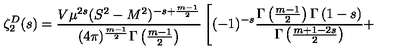
\zeta _ { 2 } ^ { D } ( s ) = \frac { V \mu ^ { 2 s } ( S ^ { 2 } - M ^ { 2 } ) ^ { - s + \frac { m - 1 } { 2 } } } { ( 4 \pi ) ^ { \frac { m - 1 } { 2 } } \Gamma \left( \frac { m - 1 } { 2 } \right) } \left[ ( - 1 ) ^ { - s } \frac { \Gamma \left( \frac { m - 1 } { 2 } \right) \Gamma \left( 1 - s \right) } { \Gamma \left( \frac { m + 1 - 2 s } { 2 } \right) } + \right.